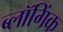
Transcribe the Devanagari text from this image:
ब्लॉगिंक